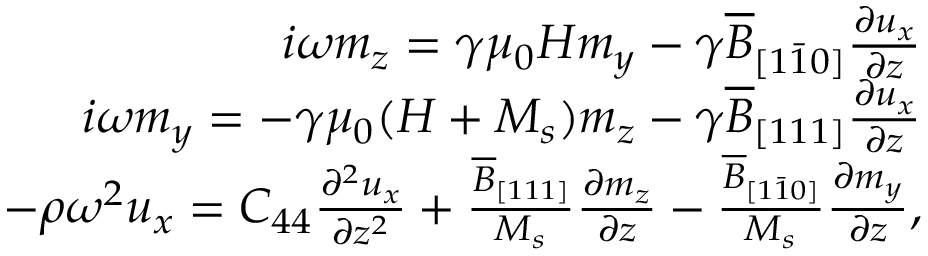
\begin{array} { r } { i \omega m _ { z } = \gamma \mu _ { 0 } H m _ { y } - \gamma \overline { { B } } _ { [ 1 \bar { 1 } 0 ] } \frac { \partial u _ { x } } { \partial z } } \\ { i \omega m _ { y } = - \gamma \mu _ { 0 } ( H + M _ { s } ) m _ { z } - \gamma \overline { { B } } _ { [ 1 1 1 ] } \frac { \partial u _ { x } } { \partial z } } \\ { - \rho \omega ^ { 2 } u _ { x } = C _ { 4 4 } \frac { \partial ^ { 2 } u _ { x } } { \partial z ^ { 2 } } + \frac { \overline { { B } } _ { [ 1 1 1 ] } } { M _ { s } } \frac { \partial m _ { z } } { \partial z } - \frac { \overline { { B } } _ { [ 1 \bar { 1 } 0 ] } } { M _ { s } } \frac { \partial m _ { y } } { \partial z } , } \end{array}